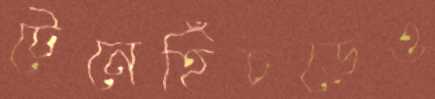
টেনেহিঁচড়েও